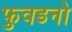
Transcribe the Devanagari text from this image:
फुवडनो